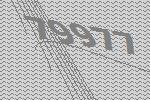
79977